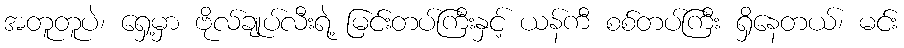
အတူတူပဲ၊ ရှေ့မှာ ဗိုလ်ချုပ်လီးရဲ့ မြင်းတပ်ကြီးနှင့် ယန်ကီ စစ်တပ်ကြီး ရှိနေတယ်၊ မင်း